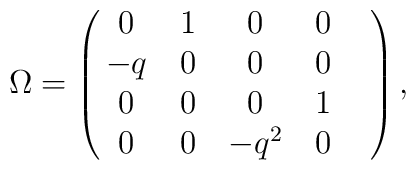
\Omega=\pmatrix{0&1&0&0& \cr                -q&0&0&0&\cr                0&0&0&1&\cr                0&0&-q^2&0&},